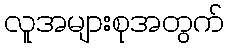
လူအများစုအတွက်